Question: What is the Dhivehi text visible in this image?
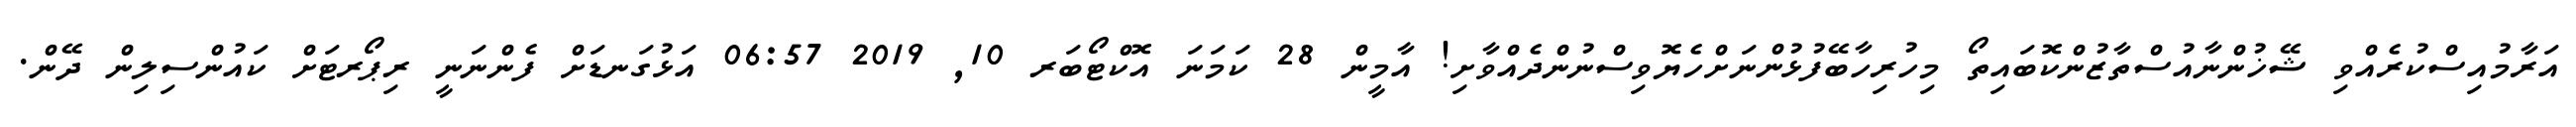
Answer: އަރާމުއިސްކުރެއްވި ޝޭޚުންނާއުސްތާޒުންކޮބައިތޯ މިހުރިހާބޭފުޅުންނަށްހެޔޮވިސްނުންދެއްވާށި! އާމީން 28 ކަމަނަ އޮކްޓޯބަރ 10, 2019 06:57 އަޅުގަނޑަށް ފެންނަނީ ރިޕޯރޓަށް ކައުންސިލިން ދޭން.